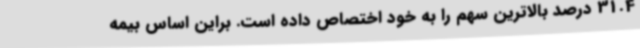
31.4 درصد بالاترین سهم را به خود اختصاص داده است. براین اساس بیمه